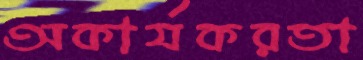
অকার্যকরতা